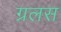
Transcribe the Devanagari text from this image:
ग्रलस